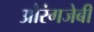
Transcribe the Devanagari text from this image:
औरंगजेबी